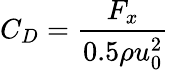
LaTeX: C_{D}=\frac{F_{x}}{0.5\rho u_{0}^{2}}